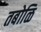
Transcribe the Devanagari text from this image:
तबोळि